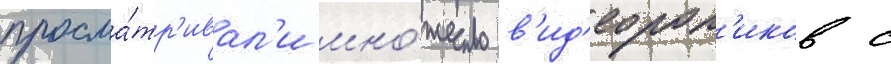
просма́тр'ивал'и мно́жество в'ид'еорол'иков с